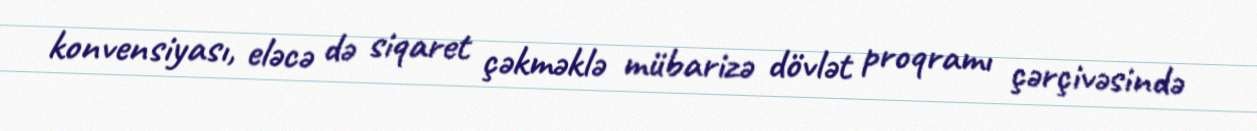
konvensiyası, eləcə də siqaret çəkməklə mübarizə dövlət proqramı çərçivəsində